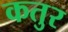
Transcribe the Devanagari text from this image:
कतुर